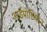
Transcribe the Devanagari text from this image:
आईप्रोडियॉन